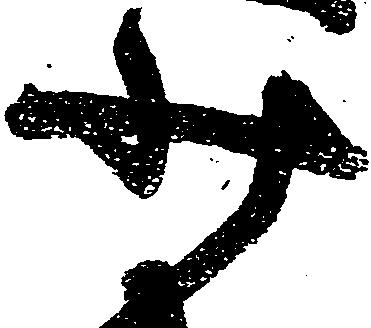
少